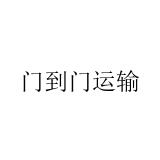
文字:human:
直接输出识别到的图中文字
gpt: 门到门运输